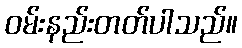
ဝမ်းနည်းတတ်ပါသည်။